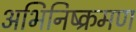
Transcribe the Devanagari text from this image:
अभिनिष्क्रमण